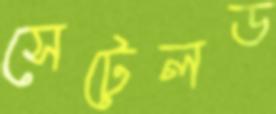
সেটেলড